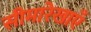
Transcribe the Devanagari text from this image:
सीमारेखाएँ